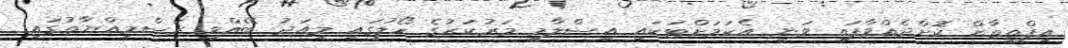
އިފްތިތާޙް ކޮށްދެއްވާފައި ވަނީ އެކަމަށްޓަކައި އިސްލާމީ މަރުކަޒުގެ ހޯލުގައި މިއަދު ބޭއްވި ރަސްމިއްޔާތުގައި